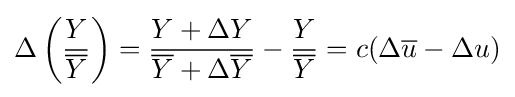
\Delta \left({\frac {Y}{\overline {Y}}}\right)={\frac {Y+\Delta Y}{{\overline {Y}}+\Delta {\overline {Y}}}}-{\frac {Y}{\overline {Y}}}=c(\Delta {\overline {u}}-\Delta u)